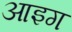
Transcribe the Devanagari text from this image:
आइग